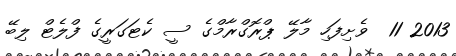
2013 11  ވެށިފަހި މާލޭ ޕްރޮގްރާމްގެ ސީ ކެޓަގަރީގެ ފްލެޓް ލިބޭ